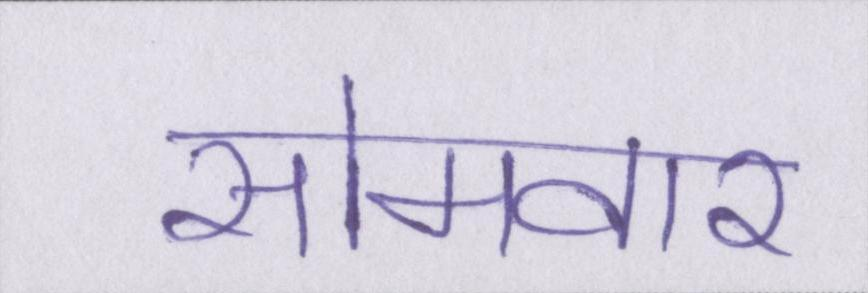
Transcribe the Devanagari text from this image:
सोमवार